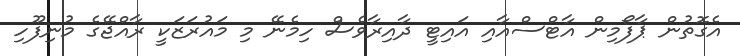
އެގޮތުން ޕާފޯމިން އާޓްސްއާއި އައިޓީ ދާއިރާވެސް ހިމެނޭ މި މައުރަޒަކީ ރާއްޖޭގެ މުނިފޫހި